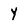
Character: Y